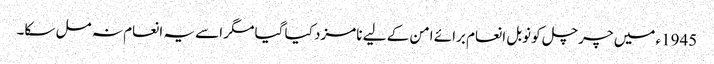
1945ء میں چرچل کو نوبل انعام برائے امن کے لیے نامزد کیا گیا مگر اسے یہ انعام نہ مل سکا۔